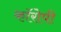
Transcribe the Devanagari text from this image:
कॉरोपी